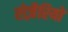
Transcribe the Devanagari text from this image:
रोज़ैरियो